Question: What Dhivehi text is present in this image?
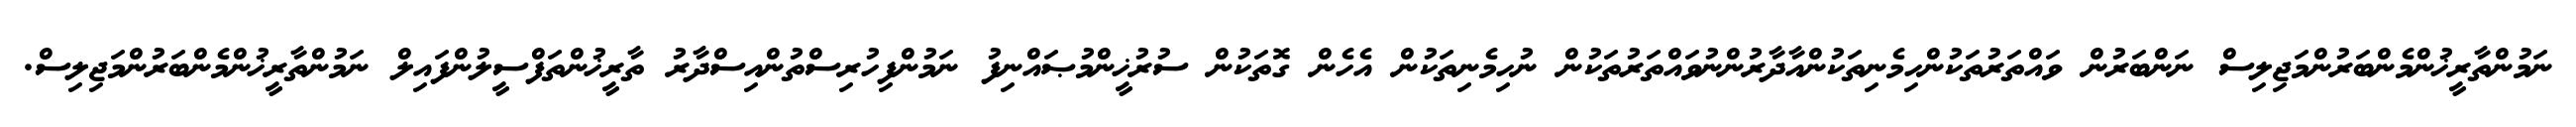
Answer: ނަމުންތާރީޚުންމެންބަރުންމަޖިލިސް ނަންބަރުން ވައްތަރުތަކުންހިމެނިތަކުންއާދާރުންނުވައްތަރުތަކުން ނުހިމެނިތަކުން އެހެން ގޮތަކުން ސުރުޚީންމުޞައްނިފު ނަމުންފިހުރިސްތުންއިސްދާރު ތާރީޚުންތަފްސީލުންފައިލް ނަމުންތާރީޚުންމެންބަރުންމަޖިލިސް.